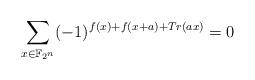
LaTeX: \begin{align*}\sum_{x \in \mathbb F_{2^n}} (-1)^{f(x) + f(x+a) + Tr(ax)} = 0\end{align*}